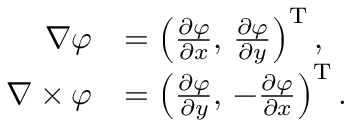
{ \begin{array} { r l } { \nabla \varphi } & { = \left( { \frac { \partial \varphi } { \partial x } } , \, { \frac { \partial \varphi } { \partial y } } \right) ^ { \mathrm { T } } , } \\ { \nabla \times \varphi } & { = \left( { \frac { \partial \varphi } { \partial y } } , \, - { \frac { \partial \varphi } { \partial x } } \right) ^ { \mathrm { T } } . } \end{array} }